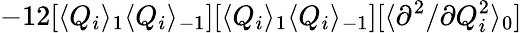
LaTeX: -12[\langle Q_{i}\rangle_{1}\langle Q_{i}\rangle_{-1}][\langle Q_{i}\rangle_{1}\langle Q_{i}\rangle_{-1}][\langle{\partial^{2}}/{\partial Q_{i}^{2}}\rangle_{0}]